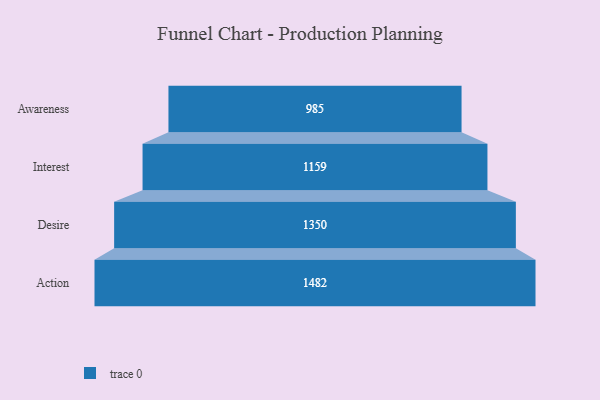
{"axis": {"x": "Stage", "y": "Value"}, "legend": [""], "data": [{"x": "Awareness", "y": 985.0, "type": ""}, {"x": "Interest", "y": 1159.0, "type": ""}, {"x": "Desire", "y": 1350.0, "type": ""}, {"x": "Action", "y": 1482.0, "type": ""}]}